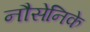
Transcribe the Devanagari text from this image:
नौसेनिके